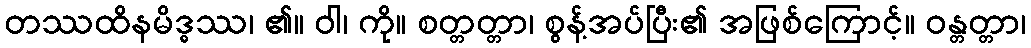
တဿထိနမိဒ္ဓဿ၊ ၏။ ဝါ၊ ကို။ စတ္တတ္တာ၊ စွန့်အပ်ပြီး၏ အဖြစ်ကြောင့်။ ဝန္တတ္တာ၊